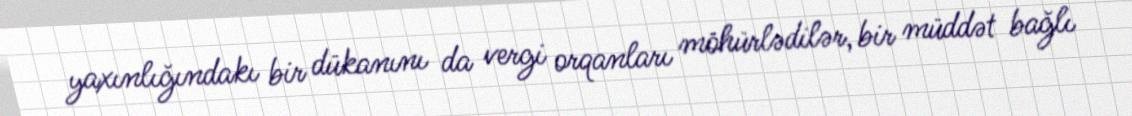
yaxınlığındakı bir dükanını da vergi orqanları möhürlədilər, bir müddət bağlı